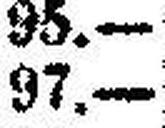
97.—